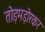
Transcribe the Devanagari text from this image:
तोड़मड़ोरकर